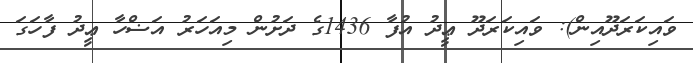
ވައިކަރަދޫއިން): ވައިކަރަދޫ ޢީދު އުފާ 1436ގެ ދަށުން މިއަހަރު އަޟްހާ ޢީދު ފާހަގަ